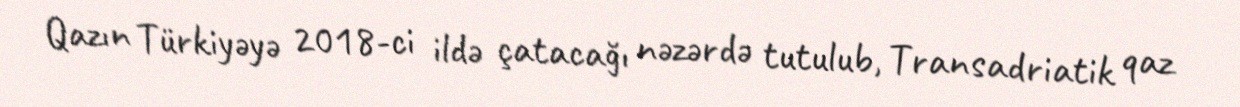
Qazın Türkiyəyə 2018-ci ildə çatacağı nəzərdə tutulub, Transadriatik qaz